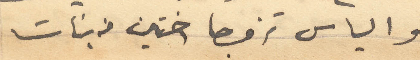
والياس تزوجا اختين من بنات